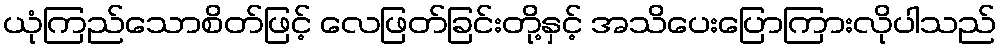
ယုံကြည်သောစိတ်ဖြင့် လေဖြတ်ခြင်းတို့နှင့် အသိပေးပြောကြားလိုပါသည်